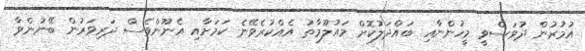
އުުމުރުން ދުވަސްވީ މީހުންނާއި ބައްދަލުކޮށް މައުލޫމާތު އެއްކުރެވޭނެ ކަމަށާއި އެނޫންވެސް ދަރިވަރުން ބޭނުންވާ